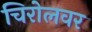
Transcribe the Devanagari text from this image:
चिरोलवर